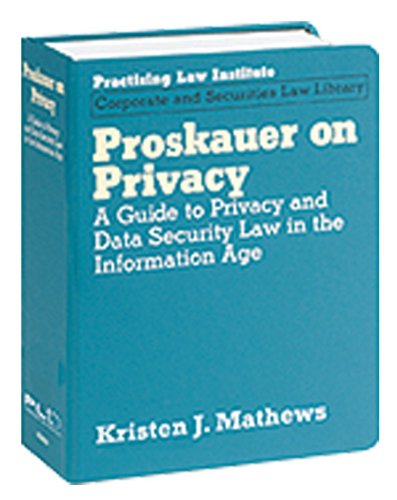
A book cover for Proskauer on Privacy: A Guide to Privacy and Data Security Law in the Information Age (Corporate and Securities Law Library); Kristen J. Mathews; Computers & Technology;